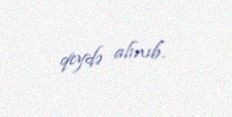
qeydə alınıb.